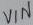
Text: VIN